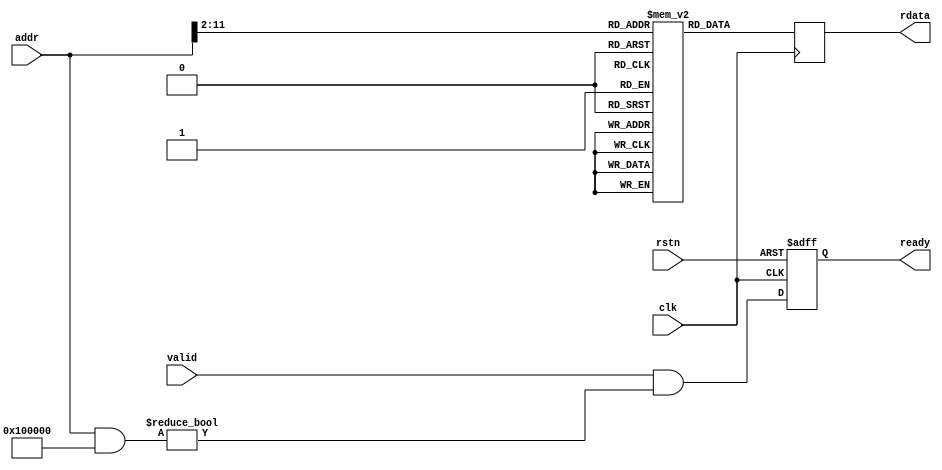

module progmem
(
// Closk & reset
input  wire         clk,
input  wire         rstn,

// PicoRV32 bus interface
input  wire         valid,
output wire         ready,
input  wire [31:0]  addr,
output wire [31:0]  rdata
);

// ============================================================================

localparam  MEM_SIZE_BITS   = 10; // In 32-bit words
localparam  MEM_SIZE        = 1 << MEM_SIZE_BITS;
localparam  MEM_ADDR_MASK   = 32'h0010_0000;

// ============================================================================

wire [MEM_SIZE_BITS-1:0]    mem_addr;
reg  [31:0]                 mem_data;
reg  [31:0]                 mem[0:MEM_SIZE];

initial begin
    mem['h0000] <= 32'h00000093;
    mem['h0001] <= 32'h00000193;
    mem['h0002] <= 32'h00000213;
    mem['h0003] <= 32'h00000293;
    mem['h0004] <= 32'h00000313;
    mem['h0005] <= 32'h00000393;
    mem['h0006] <= 32'h00000413;
    mem['h0007] <= 32'h00000493;
    mem['h0008] <= 32'h00000513;
    mem['h0009] <= 32'h00000593;
    mem['h000A] <= 32'h00000613;
    mem['h000B] <= 32'h00000693;
    mem['h000C] <= 32'h00000713;
    mem['h000D] <= 32'h00000793;
    mem['h000E] <= 32'h00000813;
    mem['h000F] <= 32'h00000893;
    mem['h0010] <= 32'h00000913;
    mem['h0011] <= 32'h00000993;
    mem['h0012] <= 32'h00000A13;
    mem['h0013] <= 32'h00000A93;
    mem['h0014] <= 32'h00000B13;
    mem['h0015] <= 32'h00000B93;
    mem['h0016] <= 32'h00000C13;
    mem['h0017] <= 32'h00000C93;
    mem['h0018] <= 32'h00000D13;
    mem['h0019] <= 32'h00000D93;
    mem['h001A] <= 32'h00000E13;
    mem['h001B] <= 32'h00000E93;
    mem['h001C] <= 32'h00000F13;
    mem['h001D] <= 32'h00000F93;
    mem['h001E] <= 32'h03000537;
    mem['h001F] <= 32'h00100593;
    mem['h0020] <= 32'h00B52023;
    mem['h0021] <= 32'h00000513;
    mem['h0022] <= 32'h00A52023;
    mem['h0023] <= 32'h00450513;
    mem['h0024] <= 32'hFE254CE3;
    mem['h0025] <= 32'h03000537;
    mem['h0026] <= 32'h00300593;
    mem['h0027] <= 32'h00B52023;
    mem['h0028] <= 32'h00001517;
    mem['h0029] <= 32'hB4050513;
    mem['h002A] <= 32'h00000593;
    mem['h002B] <= 32'h00000613;
    mem['h002C] <= 32'h00C5DC63;
    mem['h002D] <= 32'h00052683;
    mem['h002E] <= 32'h00D5A023;
    mem['h002F] <= 32'h00450513;
    mem['h0030] <= 32'h00458593;
    mem['h0031] <= 32'hFEC5C8E3;
    mem['h0032] <= 32'h03000537;
    mem['h0033] <= 32'h00700593;
    mem['h0034] <= 32'h00B52023;
    mem['h0035] <= 32'h00000513;
    mem['h0036] <= 32'h00000593;
    mem['h0037] <= 32'h00B55863;
    mem['h0038] <= 32'h00052023;
    mem['h0039] <= 32'h00450513;
    mem['h003A] <= 32'hFEB54CE3;
    mem['h003B] <= 32'h03000537;
    mem['h003C] <= 32'h00F00593;
    mem['h003D] <= 32'h00B52023;
    mem['h003E] <= 32'h015000EF;
    mem['h003F] <= 32'h0000006F;
    mem['h0040] <= 32'h020002B7;
    mem['h0041] <= 32'h12000313;
    mem['h0042] <= 32'h00629023;
    mem['h0043] <= 32'h000281A3;
    mem['h0044] <= 32'h02060863;
    mem['h0045] <= 32'h00800F13;
    mem['h0046] <= 32'h0FF67393;
    mem['h0047] <= 32'h0073DE93;
    mem['h0048] <= 32'h01D28023;
    mem['h0049] <= 32'h010EEE93;
    mem['h004A] <= 32'h01D28023;
    mem['h004B] <= 32'h00139393;
    mem['h004C] <= 32'h0FF3F393;
    mem['h004D] <= 32'hFFFF0F13;
    mem['h004E] <= 32'hFE0F12E3;
    mem['h004F] <= 32'h00628023;
    mem['h0050] <= 32'h04058663;
    mem['h0051] <= 32'h00800F13;
    mem['h0052] <= 32'h00054383;
    mem['h0053] <= 32'h0073DE93;
    mem['h0054] <= 32'h01D28023;
    mem['h0055] <= 32'h010EEE93;
    mem['h0056] <= 32'h01D28023;
    mem['h0057] <= 32'h0002CE83;
    mem['h0058] <= 32'h002EFE93;
    mem['h0059] <= 32'h001EDE93;
    mem['h005A] <= 32'h00139393;
    mem['h005B] <= 32'h01D3E3B3;
    mem['h005C] <= 32'h0FF3F393;
    mem['h005D] <= 32'hFFFF0F13;
    mem['h005E] <= 32'hFC0F1AE3;
    mem['h005F] <= 32'h00750023;
    mem['h0060] <= 32'h00150513;
    mem['h0061] <= 32'hFFF58593;
    mem['h0062] <= 32'hFB9FF06F;
    mem['h0063] <= 32'h08000313;
    mem['h0064] <= 32'h006281A3;
    mem['h0065] <= 32'h00008067;
    mem['h0066] <= 32'hFE010113;
    mem['h0067] <= 32'h00112E23;
    mem['h0068] <= 32'h00812C23;
    mem['h0069] <= 32'h02010413;
    mem['h006A] <= 32'h00050793;
    mem['h006B] <= 32'hFEF407A3;
    mem['h006C] <= 32'hFEF44703;
    mem['h006D] <= 32'h00A00793;
    mem['h006E] <= 32'h00F71663;
    mem['h006F] <= 32'h00D00513;
    mem['h0070] <= 32'hFD9FF0EF;
    mem['h0071] <= 32'h020007B7;
    mem['h0072] <= 32'h00878793;
    mem['h0073] <= 32'hFEF44703;
    mem['h0074] <= 32'h00E7A023;
    mem['h0075] <= 32'h00000013;
    mem['h0076] <= 32'h01C12083;
    mem['h0077] <= 32'h01812403;
    mem['h0078] <= 32'h02010113;
    mem['h0079] <= 32'h00008067;
    mem['h007A] <= 32'hFE010113;
    mem['h007B] <= 32'h00112E23;
    mem['h007C] <= 32'h00812C23;
    mem['h007D] <= 32'h02010413;
    mem['h007E] <= 32'hFEA42623;
    mem['h007F] <= 32'h01C0006F;
    mem['h0080] <= 32'hFEC42783;
    mem['h0081] <= 32'h00178713;
    mem['h0082] <= 32'hFEE42623;
    mem['h0083] <= 32'h0007C783;
    mem['h0084] <= 32'h00078513;
    mem['h0085] <= 32'hF85FF0EF;
    mem['h0086] <= 32'hFEC42783;
    mem['h0087] <= 32'h0007C783;
    mem['h0088] <= 32'hFE0790E3;
    mem['h0089] <= 32'h00000013;
    mem['h008A] <= 32'h01C12083;
    mem['h008B] <= 32'h01812403;
    mem['h008C] <= 32'h02010113;
    mem['h008D] <= 32'h00008067;
    mem['h008E] <= 32'hFD010113;
    mem['h008F] <= 32'h02112623;
    mem['h0090] <= 32'h02812423;
    mem['h0091] <= 32'h03010413;
    mem['h0092] <= 32'hFCA42E23;
    mem['h0093] <= 32'hFCB42C23;
    mem['h0094] <= 32'h00700793;
    mem['h0095] <= 32'hFEF42623;
    mem['h0096] <= 32'h06C0006F;
    mem['h0097] <= 32'hFEC42783;
    mem['h0098] <= 32'h00279793;
    mem['h0099] <= 32'hFDC42703;
    mem['h009A] <= 32'h00F757B3;
    mem['h009B] <= 32'h00F7F713;
    mem['h009C] <= 32'h001017B7;
    mem['h009D] <= 32'hA8078793;
    mem['h009E] <= 32'h00F707B3;
    mem['h009F] <= 32'h0007C783;
    mem['h00A0] <= 32'hFEF405A3;
    mem['h00A1] <= 32'hFEB44703;
    mem['h00A2] <= 32'h03000793;
    mem['h00A3] <= 32'h00F71863;
    mem['h00A4] <= 32'hFEC42703;
    mem['h00A5] <= 32'hFD842783;
    mem['h00A6] <= 32'h00F75E63;
    mem['h00A7] <= 32'hFEB44783;
    mem['h00A8] <= 32'h00078513;
    mem['h00A9] <= 32'hEF5FF0EF;
    mem['h00AA] <= 32'hFEC42783;
    mem['h00AB] <= 32'hFCF42C23;
    mem['h00AC] <= 32'h0080006F;
    mem['h00AD] <= 32'h00000013;
    mem['h00AE] <= 32'hFEC42783;
    mem['h00AF] <= 32'hFFF78793;
    mem['h00B0] <= 32'hFEF42623;
    mem['h00B1] <= 32'hFEC42783;
    mem['h00B2] <= 32'hF807DAE3;
    mem['h00B3] <= 32'h00000013;
    mem['h00B4] <= 32'h02C12083;
    mem['h00B5] <= 32'h02812403;
    mem['h00B6] <= 32'h03010113;
    mem['h00B7] <= 32'h00008067;
    mem['h00B8] <= 32'hFE010113;
    mem['h00B9] <= 32'h00112E23;
    mem['h00BA] <= 32'h00812C23;
    mem['h00BB] <= 32'h02010413;
    mem['h00BC] <= 32'hFEA42623;
    mem['h00BD] <= 32'hFEC42703;
    mem['h00BE] <= 32'h06300793;
    mem['h00BF] <= 32'h00E7FA63;
    mem['h00C0] <= 32'h001017B7;
    mem['h00C1] <= 32'hA9478513;
    mem['h00C2] <= 32'hEE1FF0EF;
    mem['h00C3] <= 32'h28C0006F;
    mem['h00C4] <= 32'hFEC42703;
    mem['h00C5] <= 32'h05900793;
    mem['h00C6] <= 32'h00E7FE63;
    mem['h00C7] <= 32'h03900513;
    mem['h00C8] <= 32'hE79FF0EF;
    mem['h00C9] <= 32'hFEC42783;
    mem['h00CA] <= 32'hFA678793;
    mem['h00CB] <= 32'hFEF42623;
    mem['h00CC] <= 32'h1200006F;
    mem['h00CD] <= 32'hFEC42703;
    mem['h00CE] <= 32'h04F00793;
    mem['h00CF] <= 32'h00E7FE63;
    mem['h00D0] <= 32'h03800513;
    mem['h00D1] <= 32'hE55FF0EF;
    mem['h00D2] <= 32'hFEC42783;
    mem['h00D3] <= 32'hFB078793;
    mem['h00D4] <= 32'hFEF42623;
    mem['h00D5] <= 32'h0FC0006F;
    mem['h00D6] <= 32'hFEC42703;
    mem['h00D7] <= 32'h04500793;
    mem['h00D8] <= 32'h00E7FE63;
    mem['h00D9] <= 32'h03700513;
    mem['h00DA] <= 32'hE31FF0EF;
    mem['h00DB] <= 32'hFEC42783;
    mem['h00DC] <= 32'hFBA78793;
    mem['h00DD] <= 32'hFEF42623;
    mem['h00DE] <= 32'h0D80006F;
    mem['h00DF] <= 32'hFEC42703;
    mem['h00E0] <= 32'h03B00793;
    mem['h00E1] <= 32'h00E7FE63;
    mem['h00E2] <= 32'h03600513;
    mem['h00E3] <= 32'hE0DFF0EF;
    mem['h00E4] <= 32'hFEC42783;
    mem['h00E5] <= 32'hFC478793;
    mem['h00E6] <= 32'hFEF42623;
    mem['h00E7] <= 32'h0B40006F;
    mem['h00E8] <= 32'hFEC42703;
    mem['h00E9] <= 32'h03100793;
    mem['h00EA] <= 32'h00E7FE63;
    mem['h00EB] <= 32'h03500513;
    mem['h00EC] <= 32'hDE9FF0EF;
    mem['h00ED] <= 32'hFEC42783;
    mem['h00EE] <= 32'hFCE78793;
    mem['h00EF] <= 32'hFEF42623;
    mem['h00F0] <= 32'h0900006F;
    mem['h00F1] <= 32'hFEC42703;
    mem['h00F2] <= 32'h02700793;
    mem['h00F3] <= 32'h00E7FE63;
    mem['h00F4] <= 32'h03400513;
    mem['h00F5] <= 32'hDC5FF0EF;
    mem['h00F6] <= 32'hFEC42783;
    mem['h00F7] <= 32'hFD878793;
    mem['h00F8] <= 32'hFEF42623;
    mem['h00F9] <= 32'h06C0006F;
    mem['h00FA] <= 32'hFEC42703;
    mem['h00FB] <= 32'h01D00793;
    mem['h00FC] <= 32'h00E7FE63;
    mem['h00FD] <= 32'h03300513;
    mem['h00FE] <= 32'hDA1FF0EF;
    mem['h00FF] <= 32'hFEC42783;
    mem['h0100] <= 32'hFE278793;
    mem['h0101] <= 32'hFEF42623;
    mem['h0102] <= 32'h0480006F;
    mem['h0103] <= 32'hFEC42703;
    mem['h0104] <= 32'h01300793;
    mem['h0105] <= 32'h00E7FE63;
    mem['h0106] <= 32'h03200513;
    mem['h0107] <= 32'hD7DFF0EF;
    mem['h0108] <= 32'hFEC42783;
    mem['h0109] <= 32'hFEC78793;
    mem['h010A] <= 32'hFEF42623;
    mem['h010B] <= 32'h0240006F;
    mem['h010C] <= 32'hFEC42703;
    mem['h010D] <= 32'h00900793;
    mem['h010E] <= 32'h00E7FC63;
    mem['h010F] <= 32'h03100513;
    mem['h0110] <= 32'hD59FF0EF;
    mem['h0111] <= 32'hFEC42783;
    mem['h0112] <= 32'hFF678793;
    mem['h0113] <= 32'hFEF42623;
    mem['h0114] <= 32'hFEC42703;
    mem['h0115] <= 32'h00800793;
    mem['h0116] <= 32'h00E7FE63;
    mem['h0117] <= 32'h03900513;
    mem['h0118] <= 32'hD39FF0EF;
    mem['h0119] <= 32'hFEC42783;
    mem['h011A] <= 32'hFF778793;
    mem['h011B] <= 32'hFEF42623;
    mem['h011C] <= 32'h1280006F;
    mem['h011D] <= 32'hFEC42703;
    mem['h011E] <= 32'h00700793;
    mem['h011F] <= 32'h00E7FE63;
    mem['h0120] <= 32'h03800513;
    mem['h0121] <= 32'hD15FF0EF;
    mem['h0122] <= 32'hFEC42783;
    mem['h0123] <= 32'hFF878793;
    mem['h0124] <= 32'hFEF42623;
    mem['h0125] <= 32'h1040006F;
    mem['h0126] <= 32'hFEC42703;
    mem['h0127] <= 32'h00600793;
    mem['h0128] <= 32'h00E7FE63;
    mem['h0129] <= 32'h03700513;
    mem['h012A] <= 32'hCF1FF0EF;
    mem['h012B] <= 32'hFEC42783;
    mem['h012C] <= 32'hFF978793;
    mem['h012D] <= 32'hFEF42623;
    mem['h012E] <= 32'h0E00006F;
    mem['h012F] <= 32'hFEC42703;
    mem['h0130] <= 32'h00500793;
    mem['h0131] <= 32'h00E7FE63;
    mem['h0132] <= 32'h03600513;
    mem['h0133] <= 32'hCCDFF0EF;
    mem['h0134] <= 32'hFEC42783;
    mem['h0135] <= 32'hFFA78793;
    mem['h0136] <= 32'hFEF42623;
    mem['h0137] <= 32'h0BC0006F;
    mem['h0138] <= 32'hFEC42703;
    mem['h0139] <= 32'h00400793;
    mem['h013A] <= 32'h00E7FE63;
    mem['h013B] <= 32'h03500513;
    mem['h013C] <= 32'hCA9FF0EF;
    mem['h013D] <= 32'hFEC42783;
    mem['h013E] <= 32'hFFB78793;
    mem['h013F] <= 32'hFEF42623;
    mem['h0140] <= 32'h0980006F;
    mem['h0141] <= 32'hFEC42703;
    mem['h0142] <= 32'h00300793;
    mem['h0143] <= 32'h00E7FE63;
    mem['h0144] <= 32'h03400513;
    mem['h0145] <= 32'hC85FF0EF;
    mem['h0146] <= 32'hFEC42783;
    mem['h0147] <= 32'hFFC78793;
    mem['h0148] <= 32'hFEF42623;
    mem['h0149] <= 32'h0740006F;
    mem['h014A] <= 32'hFEC42703;
    mem['h014B] <= 32'h00200793;
    mem['h014C] <= 32'h00E7FE63;
    mem['h014D] <= 32'h03300513;
    mem['h014E] <= 32'hC61FF0EF;
    mem['h014F] <= 32'hFEC42783;
    mem['h0150] <= 32'hFFD78793;
    mem['h0151] <= 32'hFEF42623;
    mem['h0152] <= 32'h0500006F;
    mem['h0153] <= 32'hFEC42703;
    mem['h0154] <= 32'h00100793;
    mem['h0155] <= 32'h00E7FE63;
    mem['h0156] <= 32'h03200513;
    mem['h0157] <= 32'hC3DFF0EF;
    mem['h0158] <= 32'hFEC42783;
    mem['h0159] <= 32'hFFE78793;
    mem['h015A] <= 32'hFEF42623;
    mem['h015B] <= 32'h02C0006F;
    mem['h015C] <= 32'hFEC42783;
    mem['h015D] <= 32'h00078E63;
    mem['h015E] <= 32'h03100513;
    mem['h015F] <= 32'hC1DFF0EF;
    mem['h0160] <= 32'hFEC42783;
    mem['h0161] <= 32'hFFF78793;
    mem['h0162] <= 32'hFEF42623;
    mem['h0163] <= 32'h00C0006F;
    mem['h0164] <= 32'h03000513;
    mem['h0165] <= 32'hC05FF0EF;
    mem['h0166] <= 32'h01C12083;
    mem['h0167] <= 32'h01812403;
    mem['h0168] <= 32'h02010113;
    mem['h0169] <= 32'h00008067;
    mem['h016A] <= 32'hFD010113;
    mem['h016B] <= 32'h02112623;
    mem['h016C] <= 32'h02812423;
    mem['h016D] <= 32'h03010413;
    mem['h016E] <= 32'hFCA42E23;
    mem['h016F] <= 32'hFFF00793;
    mem['h0170] <= 32'hFEF42623;
    mem['h0171] <= 32'hC00027F3;
    mem['h0172] <= 32'hFEF42423;
    mem['h0173] <= 32'h030007B7;
    mem['h0174] <= 32'hFFF00713;
    mem['h0175] <= 32'h00E7A023;
    mem['h0176] <= 32'hFDC42783;
    mem['h0177] <= 32'h08078A63;
    mem['h0178] <= 32'hFDC42503;
    mem['h0179] <= 32'hC05FF0EF;
    mem['h017A] <= 32'h0880006F;
    mem['h017B] <= 32'hC00027F3;
    mem['h017C] <= 32'hFEF42223;
    mem['h017D] <= 32'hFE442703;
    mem['h017E] <= 32'hFE842783;
    mem['h017F] <= 32'h40F707B3;
    mem['h0180] <= 32'hFEF42023;
    mem['h0181] <= 32'hFE042703;
    mem['h0182] <= 32'h00B727B7;
    mem['h0183] <= 32'hB0078793;
    mem['h0184] <= 32'h04E7F863;
    mem['h0185] <= 32'hFDC42783;
    mem['h0186] <= 32'h00078663;
    mem['h0187] <= 32'hFDC42503;
    mem['h0188] <= 32'hBC9FF0EF;
    mem['h0189] <= 32'hFE442783;
    mem['h018A] <= 32'hFEF42423;
    mem['h018B] <= 32'h030007B7;
    mem['h018C] <= 32'h0007A783;
    mem['h018D] <= 32'h00179713;
    mem['h018E] <= 32'h030007B7;
    mem['h018F] <= 32'h0007A783;
    mem['h0190] <= 32'h0017D793;
    mem['h0191] <= 32'h0017F793;
    mem['h0192] <= 32'h0017B793;
    mem['h0193] <= 32'h0FF7F793;
    mem['h0194] <= 32'h00078693;
    mem['h0195] <= 32'h030007B7;
    mem['h0196] <= 32'h00D76733;
    mem['h0197] <= 32'h00E7A023;
    mem['h0198] <= 32'h020007B7;
    mem['h0199] <= 32'h00878793;
    mem['h019A] <= 32'h0007A783;
    mem['h019B] <= 32'hFEF42623;
    mem['h019C] <= 32'hFEC42703;
    mem['h019D] <= 32'hFFF00793;
    mem['h019E] <= 32'hF6F70AE3;
    mem['h019F] <= 32'h030007B7;
    mem['h01A0] <= 32'h0007A023;
    mem['h01A1] <= 32'hFEC42783;
    mem['h01A2] <= 32'h0FF7F793;
    mem['h01A3] <= 32'h00078513;
    mem['h01A4] <= 32'h02C12083;
    mem['h01A5] <= 32'h02812403;
    mem['h01A6] <= 32'h03010113;
    mem['h01A7] <= 32'h00008067;
    mem['h01A8] <= 32'hFF010113;
    mem['h01A9] <= 32'h00112623;
    mem['h01AA] <= 32'h00812423;
    mem['h01AB] <= 32'h01010413;
    mem['h01AC] <= 32'h00000513;
    mem['h01AD] <= 32'hEF5FF0EF;
    mem['h01AE] <= 32'h00050793;
    mem['h01AF] <= 32'h00078513;
    mem['h01B0] <= 32'h00C12083;
    mem['h01B1] <= 32'h00812403;
    mem['h01B2] <= 32'h01010113;
    mem['h01B3] <= 32'h00008067;
    mem['h01B4] <= 32'hEB010113;
    mem['h01B5] <= 32'h14112623;
    mem['h01B6] <= 32'h14812423;
    mem['h01B7] <= 32'h15010413;
    mem['h01B8] <= 32'h00050793;
    mem['h01B9] <= 32'hEAB42C23;
    mem['h01BA] <= 32'hEAF40FA3;
    mem['h01BB] <= 32'hEC040793;
    mem['h01BC] <= 32'hFCF42A23;
    mem['h01BD] <= 32'h12B9B7B7;
    mem['h01BE] <= 32'h0A178793;
    mem['h01BF] <= 32'hFEF42623;
    mem['h01C0] <= 32'hC00027F3;
    mem['h01C1] <= 32'hFCF42823;
    mem['h01C2] <= 32'hC02027F3;
    mem['h01C3] <= 32'hFCF42623;
    mem['h01C4] <= 32'hFE042423;
    mem['h01C5] <= 32'h1200006F;
    mem['h01C6] <= 32'hFE042223;
    mem['h01C7] <= 32'h0640006F;
    mem['h01C8] <= 32'hFEC42783;
    mem['h01C9] <= 32'h00D79793;
    mem['h01CA] <= 32'hFEC42703;
    mem['h01CB] <= 32'h00F747B3;
    mem['h01CC] <= 32'hFEF42623;
    mem['h01CD] <= 32'hFEC42783;
    mem['h01CE] <= 32'h0117D793;
    mem['h01CF] <= 32'hFEC42703;
    mem['h01D0] <= 32'h00F747B3;
    mem['h01D1] <= 32'hFEF42623;
    mem['h01D2] <= 32'hFEC42783;
    mem['h01D3] <= 32'h00579793;
    mem['h01D4] <= 32'hFEC42703;
    mem['h01D5] <= 32'h00F747B3;
    mem['h01D6] <= 32'hFEF42623;
    mem['h01D7] <= 32'hFEC42783;
    mem['h01D8] <= 32'h0FF7F713;
    mem['h01D9] <= 32'hFE442783;
    mem['h01DA] <= 32'hFF040693;
    mem['h01DB] <= 32'h00F687B3;
    mem['h01DC] <= 32'hECE78823;
    mem['h01DD] <= 32'hFE442783;
    mem['h01DE] <= 32'h00178793;
    mem['h01DF] <= 32'hFEF42223;
    mem['h01E0] <= 32'hFE442703;
    mem['h01E1] <= 32'h0FF00793;
    mem['h01E2] <= 32'hF8E7DCE3;
    mem['h01E3] <= 32'hFE042023;
    mem['h01E4] <= 32'hFC042E23;
    mem['h01E5] <= 32'h0440006F;
    mem['h01E6] <= 32'hFE042783;
    mem['h01E7] <= 32'hFF040713;
    mem['h01E8] <= 32'h00F707B3;
    mem['h01E9] <= 32'hED07C783;
    mem['h01EA] <= 32'h02078263;
    mem['h01EB] <= 32'hFDC42783;
    mem['h01EC] <= 32'h00178713;
    mem['h01ED] <= 32'hFCE42E23;
    mem['h01EE] <= 32'hFE042703;
    mem['h01EF] <= 32'h0FF77713;
    mem['h01F0] <= 32'hFF040693;
    mem['h01F1] <= 32'h00F687B3;
    mem['h01F2] <= 32'hECE78823;
    mem['h01F3] <= 32'hFE042783;
    mem['h01F4] <= 32'h00178793;
    mem['h01F5] <= 32'hFEF42023;
    mem['h01F6] <= 32'hFE042703;
    mem['h01F7] <= 32'h0FF00793;
    mem['h01F8] <= 32'hFAE7DCE3;
    mem['h01F9] <= 32'hFC042C23;
    mem['h01FA] <= 32'hFC042023;
    mem['h01FB] <= 32'h0300006F;
    mem['h01FC] <= 32'hFD842783;
    mem['h01FD] <= 32'h00279793;
    mem['h01FE] <= 32'hFD442703;
    mem['h01FF] <= 32'h00F707B3;
    mem['h0200] <= 32'h0007A783;
    mem['h0201] <= 32'hFEC42703;
    mem['h0202] <= 32'h00F747B3;
    mem['h0203] <= 32'hFEF42623;
    mem['h0204] <= 32'hFD842783;
    mem['h0205] <= 32'h00178793;
    mem['h0206] <= 32'hFCF42C23;
    mem['h0207] <= 32'hFD842703;
    mem['h0208] <= 32'h03F00793;
    mem['h0209] <= 32'hFCE7D6E3;
    mem['h020A] <= 32'hFE842783;
    mem['h020B] <= 32'h00178793;
    mem['h020C] <= 32'hFEF42423;
    mem['h020D] <= 32'hFE842703;
    mem['h020E] <= 32'h01300793;
    mem['h020F] <= 32'hECE7DEE3;
    mem['h0210] <= 32'hC00027F3;
    mem['h0211] <= 32'hFCF42423;
    mem['h0212] <= 32'hC02027F3;
    mem['h0213] <= 32'hFCF42223;
    mem['h0214] <= 32'hEBF44783;
    mem['h0215] <= 32'h06078E63;
    mem['h0216] <= 32'h001017B7;
    mem['h0217] <= 32'hA9C78513;
    mem['h0218] <= 32'h989FF0EF;
    mem['h0219] <= 32'hFC842703;
    mem['h021A] <= 32'hFD042783;
    mem['h021B] <= 32'h40F707B3;
    mem['h021C] <= 32'h00800593;
    mem['h021D] <= 32'h00078513;
    mem['h021E] <= 32'h9C1FF0EF;
    mem['h021F] <= 32'h00A00513;
    mem['h0220] <= 32'h919FF0EF;
    mem['h0221] <= 32'h001017B7;
    mem['h0222] <= 32'hAA878513;
    mem['h0223] <= 32'h95DFF0EF;
    mem['h0224] <= 32'hFC442703;
    mem['h0225] <= 32'hFCC42783;
    mem['h0226] <= 32'h40F707B3;
    mem['h0227] <= 32'h00800593;
    mem['h0228] <= 32'h00078513;
    mem['h0229] <= 32'h995FF0EF;
    mem['h022A] <= 32'h00A00513;
    mem['h022B] <= 32'h8EDFF0EF;
    mem['h022C] <= 32'h001017B7;
    mem['h022D] <= 32'hAB478513;
    mem['h022E] <= 32'h931FF0EF;
    mem['h022F] <= 32'h00800593;
    mem['h0230] <= 32'hFEC42503;
    mem['h0231] <= 32'h975FF0EF;
    mem['h0232] <= 32'h00A00513;
    mem['h0233] <= 32'h8CDFF0EF;
    mem['h0234] <= 32'hEB842783;
    mem['h0235] <= 32'h00078C63;
    mem['h0236] <= 32'hFC442703;
    mem['h0237] <= 32'hFCC42783;
    mem['h0238] <= 32'h40F70733;
    mem['h0239] <= 32'hEB842783;
    mem['h023A] <= 32'h00E7A023;
    mem['h023B] <= 32'hFC842703;
    mem['h023C] <= 32'hFD042783;
    mem['h023D] <= 32'h40F707B3;
    mem['h023E] <= 32'h00078513;
    mem['h023F] <= 32'h14C12083;
    mem['h0240] <= 32'h14812403;
    mem['h0241] <= 32'h15010113;
    mem['h0242] <= 32'h00008067;
    mem['h0243] <= 32'hFE010113;
    mem['h0244] <= 32'h00112E23;
    mem['h0245] <= 32'h00812C23;
    mem['h0246] <= 32'h02010413;
    mem['h0247] <= 32'h030007B7;
    mem['h0248] <= 32'h01F00713;
    mem['h0249] <= 32'h00E7A023;
    mem['h024A] <= 32'h020007B7;
    mem['h024B] <= 32'h00478793;
    mem['h024C] <= 32'h0D900713;
    mem['h024D] <= 32'h00E7A023;
    mem['h024E] <= 32'h001017B7;
    mem['h024F] <= 32'hAC078513;
    mem['h0250] <= 32'h8A9FF0EF;
    mem['h0251] <= 32'h030007B7;
    mem['h0252] <= 32'h03F00713;
    mem['h0253] <= 32'h00E7A023;
    mem['h0254] <= 32'h030007B7;
    mem['h0255] <= 32'h07F00713;
    mem['h0256] <= 32'h00E7A023;
    mem['h0257] <= 32'h00000013;
    mem['h0258] <= 32'h001017B7;
    mem['h0259] <= 32'hACC78513;
    mem['h025A] <= 32'hC41FF0EF;
    mem['h025B] <= 32'h00050793;
    mem['h025C] <= 32'h00078713;
    mem['h025D] <= 32'h00D00793;
    mem['h025E] <= 32'hFEF714E3;
    mem['h025F] <= 32'h001017B7;
    mem['h0260] <= 32'hAE878513;
    mem['h0261] <= 32'h865FF0EF;
    mem['h0262] <= 32'h001017B7;
    mem['h0263] <= 32'hAEC78513;
    mem['h0264] <= 32'h859FF0EF;
    mem['h0265] <= 32'h001017B7;
    mem['h0266] <= 32'hB1478513;
    mem['h0267] <= 32'h84DFF0EF;
    mem['h0268] <= 32'h001017B7;
    mem['h0269] <= 32'hB3C78513;
    mem['h026A] <= 32'h841FF0EF;
    mem['h026B] <= 32'h001017B7;
    mem['h026C] <= 32'hB6078513;
    mem['h026D] <= 32'h835FF0EF;
    mem['h026E] <= 32'h001017B7;
    mem['h026F] <= 32'hB8878513;
    mem['h0270] <= 32'h829FF0EF;
    mem['h0271] <= 32'h001017B7;
    mem['h0272] <= 32'hAE878513;
    mem['h0273] <= 32'h81DFF0EF;
    mem['h0274] <= 32'h001017B7;
    mem['h0275] <= 32'hAE878513;
    mem['h0276] <= 32'h811FF0EF;
    mem['h0277] <= 32'h001017B7;
    mem['h0278] <= 32'hBB078513;
    mem['h0279] <= 32'h805FF0EF;
    mem['h027A] <= 32'h001017B7;
    mem['h027B] <= 32'hAE878513;
    mem['h027C] <= 32'hFF8FF0EF;
    mem['h027D] <= 32'h00A00793;
    mem['h027E] <= 32'hFEF42623;
    mem['h027F] <= 32'h0780006F;
    mem['h0280] <= 32'h001017B7;
    mem['h0281] <= 32'hBD478513;
    mem['h0282] <= 32'hFE0FF0EF;
    mem['h0283] <= 32'hC95FF0EF;
    mem['h0284] <= 32'h00050793;
    mem['h0285] <= 32'hFEF405A3;
    mem['h0286] <= 32'hFEB44703;
    mem['h0287] <= 32'h02000793;
    mem['h0288] <= 32'h00E7FE63;
    mem['h0289] <= 32'hFEB44703;
    mem['h028A] <= 32'h07E00793;
    mem['h028B] <= 32'h00E7E863;
    mem['h028C] <= 32'hFEB44783;
    mem['h028D] <= 32'h00078513;
    mem['h028E] <= 32'hF60FF0EF;
    mem['h028F] <= 32'h001017B7;
    mem['h0290] <= 32'hAE878513;
    mem['h0291] <= 32'hFA4FF0EF;
    mem['h0292] <= 32'hFEB44703;
    mem['h0293] <= 32'h03900793;
    mem['h0294] <= 32'h00F71C63;
    mem['h0295] <= 32'h00000593;
    mem['h0296] <= 32'h00100513;
    mem['h0297] <= 32'hC75FF0EF;
    mem['h0298] <= 32'h00000013;
    mem['h0299] <= 32'h0180006F;
    mem['h029A] <= 32'hFEC42783;
    mem['h029B] <= 32'hFFF78793;
    mem['h029C] <= 32'hFEF42623;
    mem['h029D] <= 32'hFEC42783;
    mem['h029E] <= 32'hF8F044E3;
    mem['h029F] <= 32'hF49FF06F;
    mem['h02A0] <= 32'h33323130;
    mem['h02A1] <= 32'h37363534;
    mem['h02A2] <= 32'h62613938;
    mem['h02A3] <= 32'h66656463;
    mem['h02A4] <= 32'h00000000;
    mem['h02A5] <= 32'h30313D3E;
    mem['h02A6] <= 32'h00000030;
    mem['h02A7] <= 32'h6C637943;
    mem['h02A8] <= 32'h203A7365;
    mem['h02A9] <= 32'h00007830;
    mem['h02AA] <= 32'h74736E49;
    mem['h02AB] <= 32'h203A736E;
    mem['h02AC] <= 32'h00007830;
    mem['h02AD] <= 32'h736B6843;
    mem['h02AE] <= 32'h203A6D75;
    mem['h02AF] <= 32'h00007830;
    mem['h02B0] <= 32'h746F6F42;
    mem['h02B1] <= 32'h2E676E69;
    mem['h02B2] <= 32'h00000A2E;
    mem['h02B3] <= 32'h73657250;
    mem['h02B4] <= 32'h4E452073;
    mem['h02B5] <= 32'h20524554;
    mem['h02B6] <= 32'h63206F74;
    mem['h02B7] <= 32'h69746E6F;
    mem['h02B8] <= 32'h2E65756E;
    mem['h02B9] <= 32'h00000A2E;
    mem['h02BA] <= 32'h0000000A;
    mem['h02BB] <= 32'h5F5F2020;
    mem['h02BC] <= 32'h20205F5F;
    mem['h02BD] <= 32'h2020205F;
    mem['h02BE] <= 32'h20202020;
    mem['h02BF] <= 32'h5F202020;
    mem['h02C0] <= 32'h205F5F5F;
    mem['h02C1] <= 32'h20202020;
    mem['h02C2] <= 32'h20202020;
    mem['h02C3] <= 32'h5F5F5F5F;
    mem['h02C4] <= 32'h0000000A;
    mem['h02C5] <= 32'h20207C20;
    mem['h02C6] <= 32'h285C205F;
    mem['h02C7] <= 32'h5F20295F;
    mem['h02C8] <= 32'h5F205F5F;
    mem['h02C9] <= 32'h202F5F5F;
    mem['h02CA] <= 32'h7C5F5F5F;
    mem['h02CB] <= 32'h5F5F2020;
    mem['h02CC] <= 32'h2F20205F;
    mem['h02CD] <= 32'h5F5F5F20;
    mem['h02CE] <= 32'h00000A7C;
    mem['h02CF] <= 32'h7C207C20;
    mem['h02D0] <= 32'h7C20295F;
    mem['h02D1] <= 32'h202F7C20;
    mem['h02D2] <= 32'h202F5F5F;
    mem['h02D3] <= 32'h5F5C205F;
    mem['h02D4] <= 32'h5C205F5F;
    mem['h02D5] <= 32'h5F202F20;
    mem['h02D6] <= 32'h207C5C20;
    mem['h02D7] <= 32'h00000A7C;
    mem['h02D8] <= 32'h20207C20;
    mem['h02D9] <= 32'h7C2F5F5F;
    mem['h02DA] <= 32'h28207C20;
    mem['h02DB] <= 32'h28207C5F;
    mem['h02DC] <= 32'h7C20295F;
    mem['h02DD] <= 32'h20295F5F;
    mem['h02DE] <= 32'h5F28207C;
    mem['h02DF] <= 32'h207C2029;
    mem['h02E0] <= 32'h5F5F5F7C;
    mem['h02E1] <= 32'h0000000A;
    mem['h02E2] <= 32'h7C5F7C20;
    mem['h02E3] <= 32'h7C202020;
    mem['h02E4] <= 32'h5F5C7C5F;
    mem['h02E5] <= 32'h5F5C5F5F;
    mem['h02E6] <= 32'h5F2F5F5F;
    mem['h02E7] <= 32'h2F5F5F5F;
    mem['h02E8] <= 32'h5F5F5C20;
    mem['h02E9] <= 32'h5C202F5F;
    mem['h02EA] <= 32'h5F5F5F5F;
    mem['h02EB] <= 32'h00000A7C;
    mem['h02EC] <= 32'h5B202020;
    mem['h02ED] <= 32'h52205D39;
    mem['h02EE] <= 32'h73206E75;
    mem['h02EF] <= 32'h6C706D69;
    mem['h02F0] <= 32'h69747369;
    mem['h02F1] <= 32'h65622063;
    mem['h02F2] <= 32'h6D68636E;
    mem['h02F3] <= 32'h0A6B7261;
    mem['h02F4] <= 32'h00000000;
    mem['h02F5] <= 32'h6D6D6F43;
    mem['h02F6] <= 32'h3E646E61;
    mem['h02F7] <= 32'h00000020;

end

always @(posedge clk)
    mem_data <= mem[mem_addr];

// ============================================================================

reg o_ready;

always @(posedge clk or negedge rstn)
    if (!rstn)  o_ready <= 1'd0;
    else        o_ready <= valid && ((addr & MEM_ADDR_MASK) != 0);

// Output connectins
assign ready    = o_ready;
assign rdata    = mem_data;
assign mem_addr = addr[MEM_SIZE_BITS+1:2];

endmodule